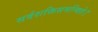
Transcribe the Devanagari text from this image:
सर्वशक्तिसमन्विते।